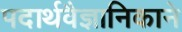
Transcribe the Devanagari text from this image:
पदार्थवैज्ञानिकाने